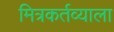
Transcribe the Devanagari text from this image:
मित्रकर्तव्याला